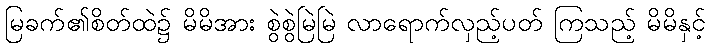
မြခက်၏စိတ်ထဲ၌ မိမိအား စွဲစွဲမြဲမြဲ လာရောက်လှည့်ပတ် ကြသည့် မိမိနှင့်